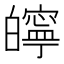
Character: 𤾱